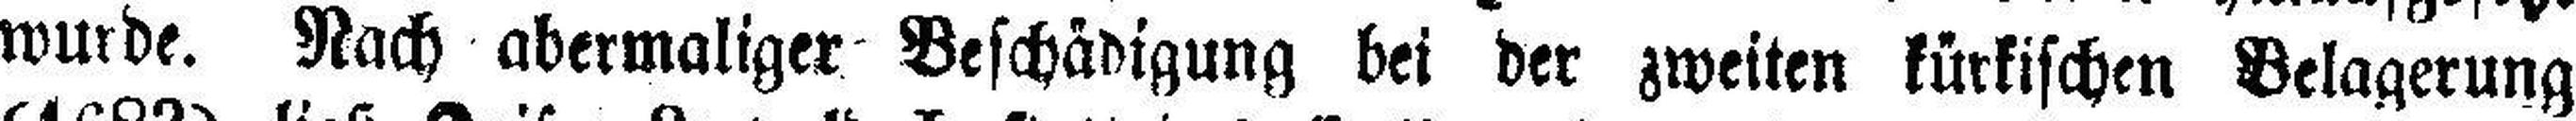
wurde. Nach abermaliger Beschädigung bei der zweiten türkischen Belagerung